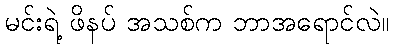
မင်းရဲ့ ဖိနပ် အသစ်က ဘာအရောင်လဲ။